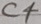
Text: C4